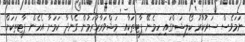
ނަމަވެސް ސަރުކާރު ކޯލިޝަންގައި ހިމެނޭ ޕާޓީތަކާއި މަޝްވަރާކުރަމުން ގެންދާ ކަމަށާ އެހެން ޕާޓީތަކަށް